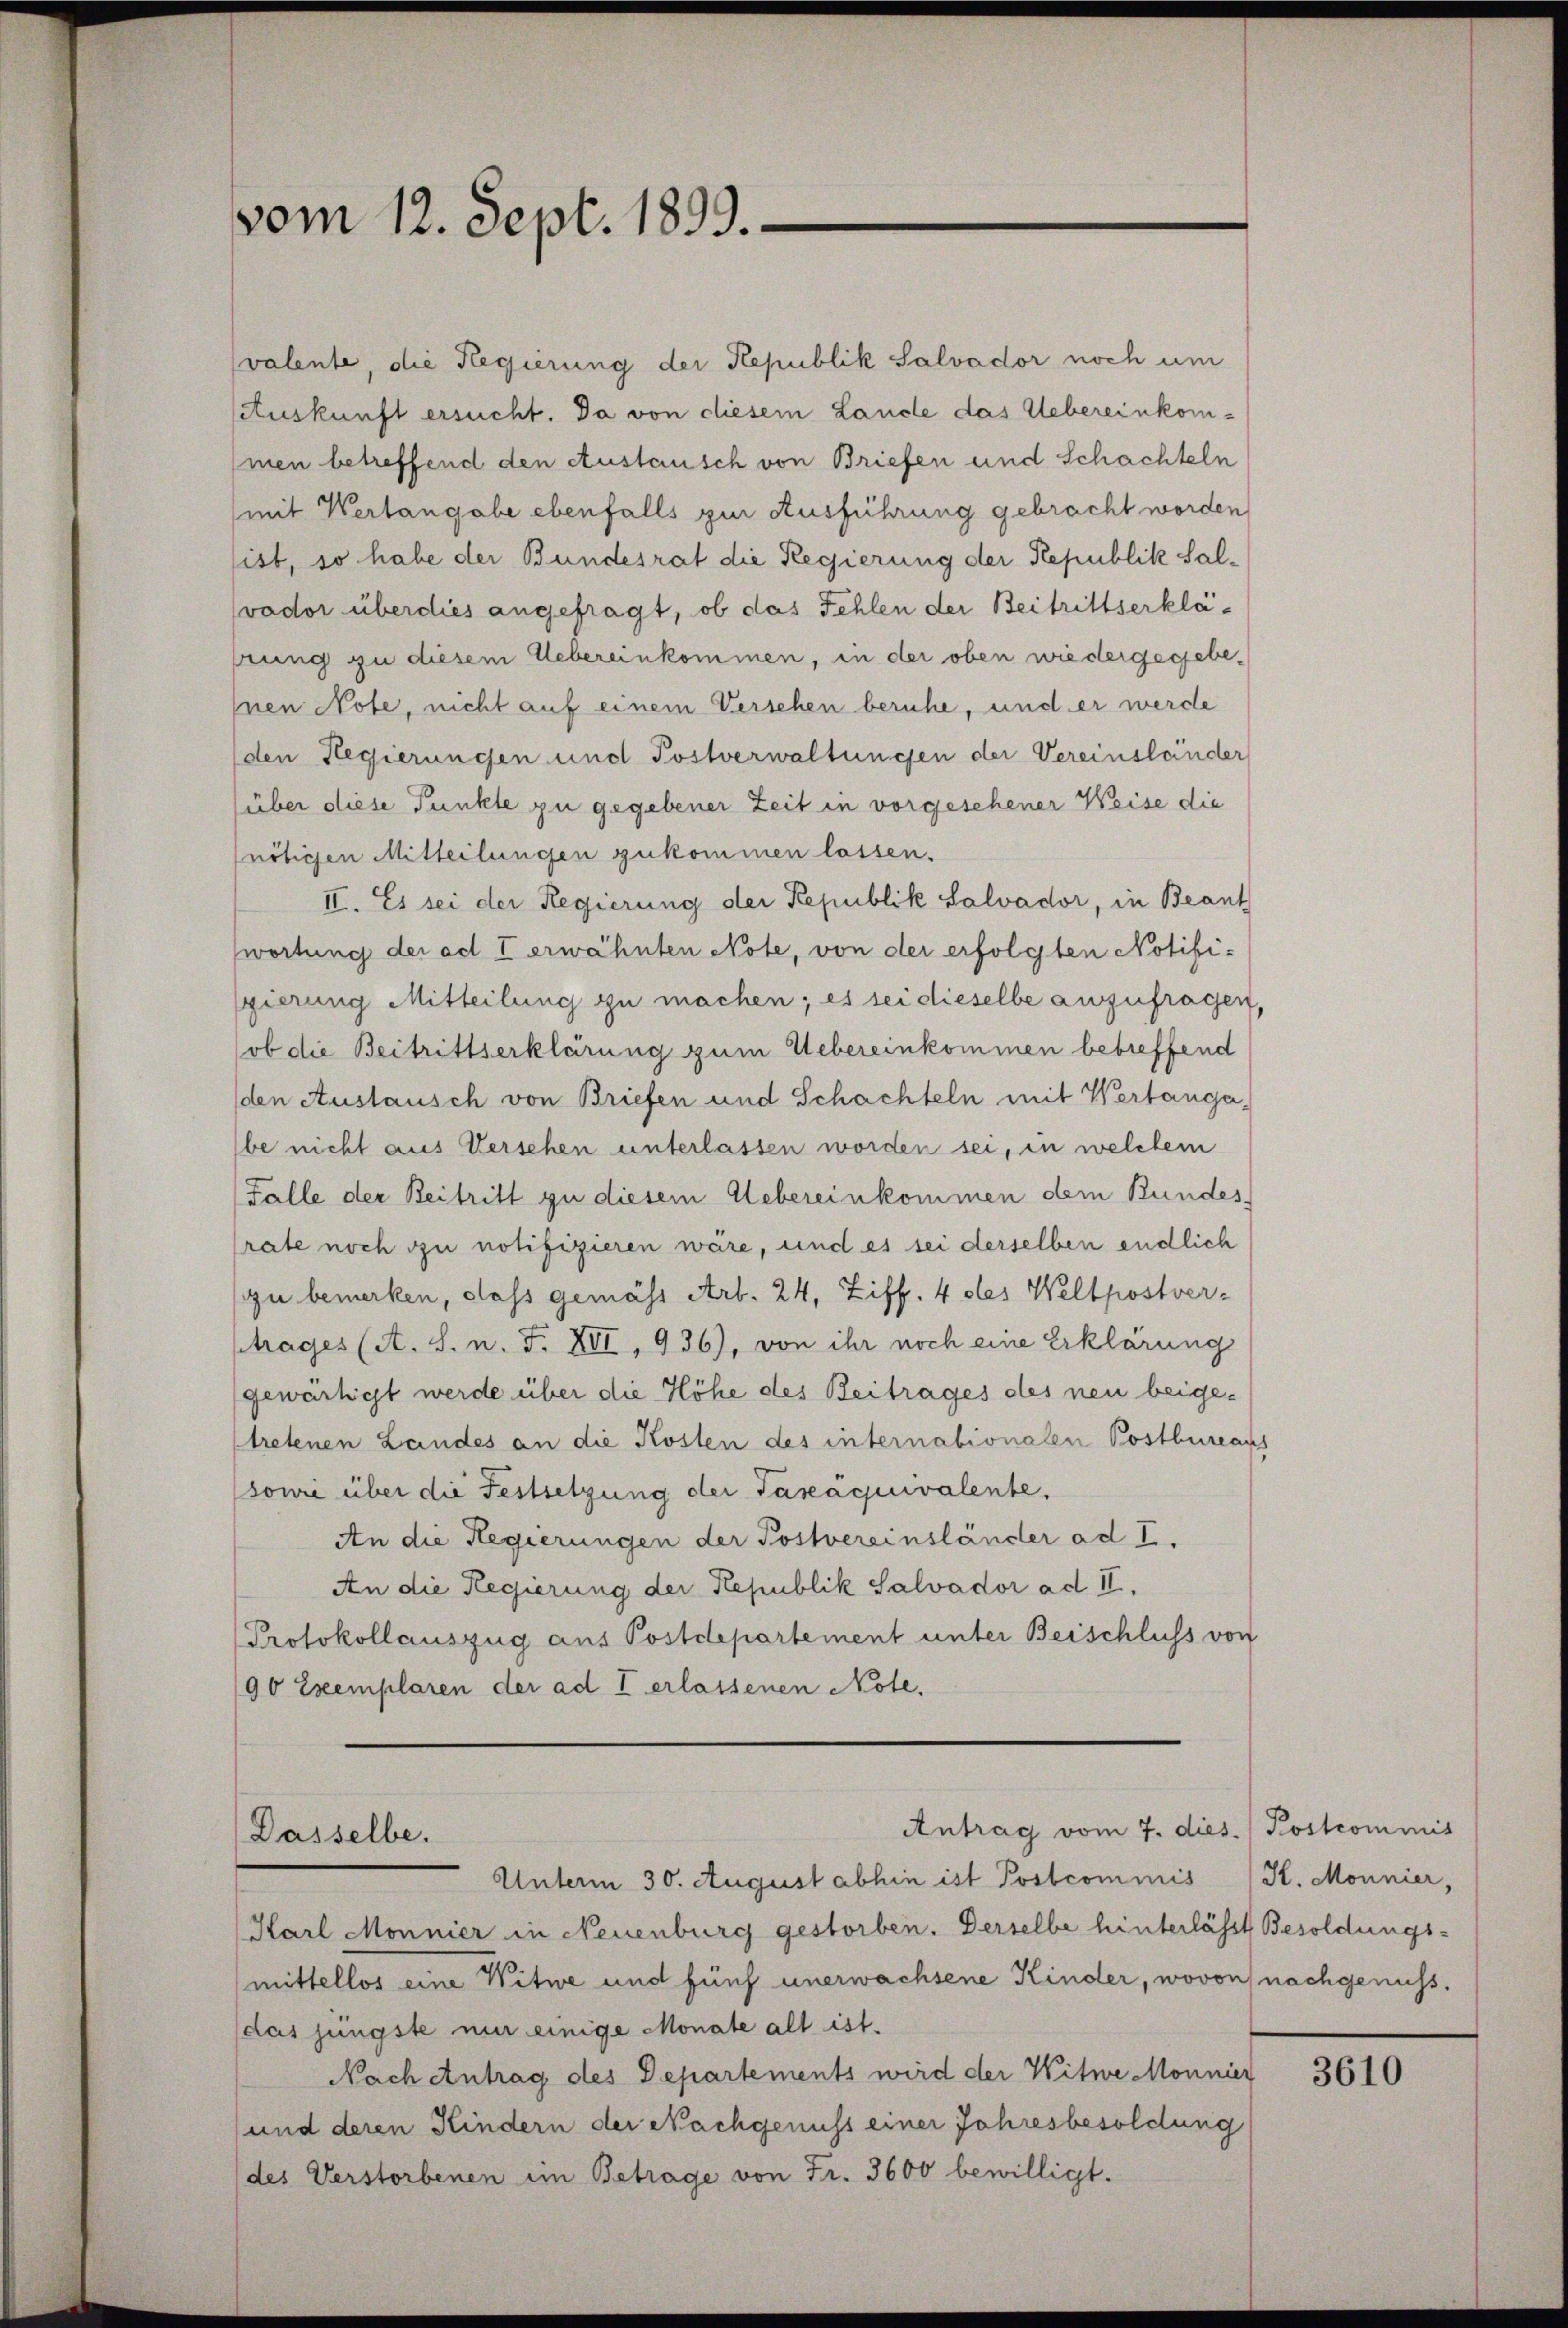
vom 12. Sept. 1899.

valente, die Regierung der Republik Salvador noch um
Auskunft ersucht. Da von diesem Lande das Uebereinkommen betreffend den Austausch von Briefen und Schachteln
(mit Wertangabe ebenfalls zur Ausführung gebracht worden,
list, so habe der Bundesrat die Regierung der Republik Salvador überdies angefragt, ob das Fehlen der Beitrittserkläprung zu diesem Uebereinkommen, in der oben wiedergegebeinen Note, nicht auf einem Verschen beruhe, und er werde
den Regierungen und Postverwaltungen der Vereinsländer
(über diese Punkte zu gegebener Zeit in vorgesehener Weise die
(nötigen Mitteilungen zukommen lassen.
II. Es sei der Regierung der Republik Salvador, in Beant
wortung der ad I erwähnten Note, von der erfolgten Notifi¬
Egierung Mitteilung zu machen; es sei dieselbe anzufragen,
ob die Beitrittserklärung zum Uebereinkommen betreffend
den Austausch von Briefen und Schachteln mit Wertangabe nicht aus Verschen unterlassen worden sei, in welchem
Falle der Beitritt zu diesem Uebereinkommen dem Bundesrate noch zu notifizieren wäre, und es sei derselben endlich
zu bemerken, dass gemäss Art. 24, Ziff. 4 des Weltpostver-
trages (A. S. n. F. XVI, 936), von ihr noch eine Erklärung
gewärtigt werde über die Höhe des Beitrages des neu beigetretenen Landes an die Kosten des internationalen Postbureaus
sowie über die Festsetzung der Taxaquivalente.
An die Regierungen der Postvereinsländer ad I.
An die Regierung der Republik Salvador ad II.
Protokollauszug aus Postdepartement unter Beischluss von
90 Exemplaren der ad I erlassenen Note.

Antrag vom 7. dies. / Postcommis
Dasselbe.

K. Monnier,

Unterm 30. August abhin ist Postcommis
Karl Monnier in Neuenburg gestorben. Derselbe hinterlässt Besoldungs-
mittellos eine Witwe und fünf unerwachsene Kinder, wovon nachgenuss.
das jüngste nur einige Monate all ist.
Nach Antrag des Departements wird der Witwe Monnier
und deren Kindern der Nachgenuss einer Jahresbesoldung
(des Verstorbenen im Betrage von Fr. 3600 bewilligt.

3610